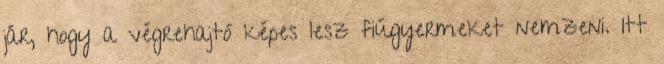
jár, hogy a végrehajtó képes lesz fiúgyermeket nemzeni. Itt